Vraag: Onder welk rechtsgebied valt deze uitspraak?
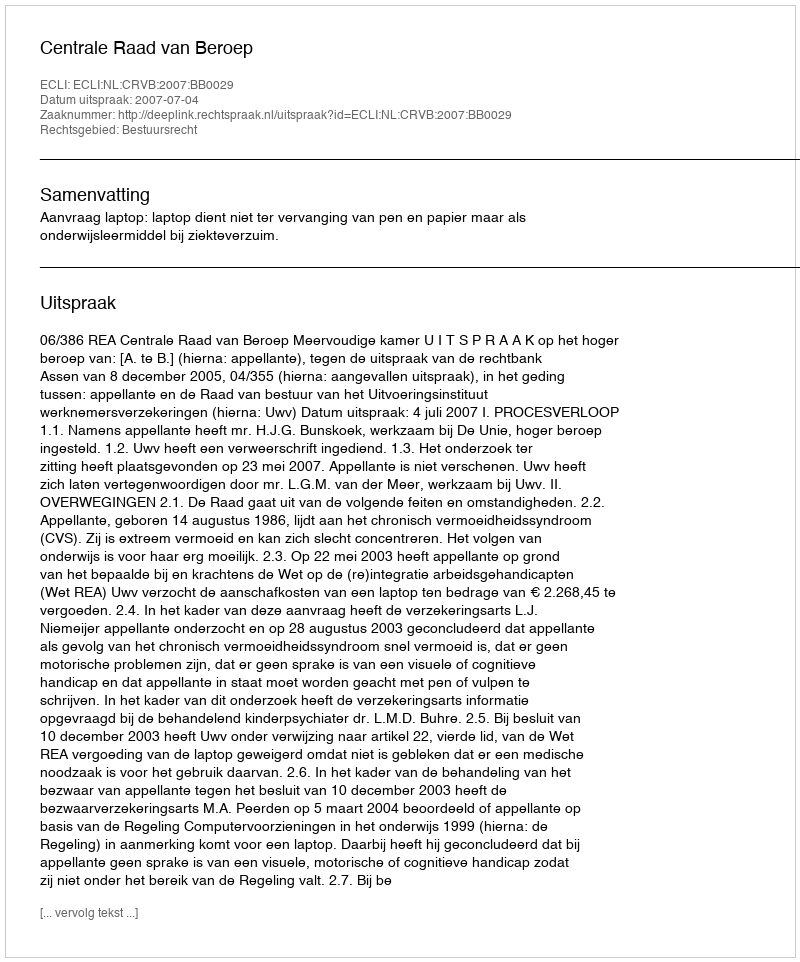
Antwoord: Bestuursrecht